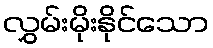
လွှမ်းမိုးနိုင်သော